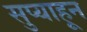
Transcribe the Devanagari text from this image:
सुप्याहून